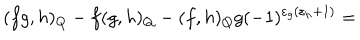
LaTeX: ( f g , h ) _ { Q } - f ( g , h ) _ { Q } - ( f , h ) _ { Q } g ( - 1 ) ^ { \varepsilon _ { g } ( \varepsilon _ { h } + 1 ) } =